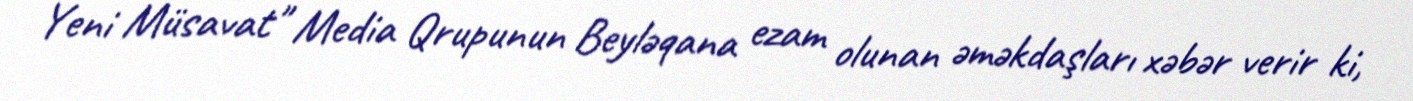
Yeni Müsavat" Media Qrupunun Beyləqana ezam olunan əməkdaşları xəbər verir ki,